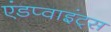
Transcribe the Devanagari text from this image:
एंडप्वाइंट्स